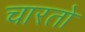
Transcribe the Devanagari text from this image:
चारतो